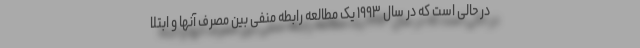
در حالی است که در سال ۱۹۹۳ یک مطالعه رابطه منفی بین مصرف آنها و ابتلا